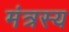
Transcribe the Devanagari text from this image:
मंत्रस्य